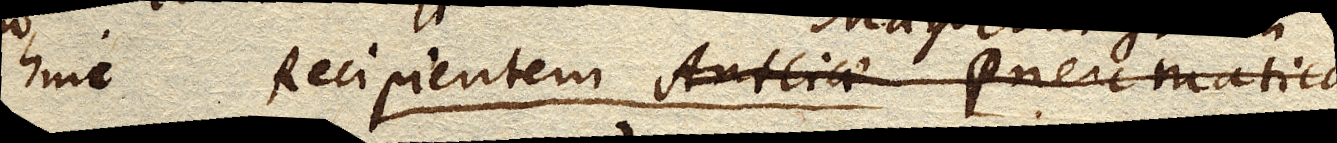
hinc Recipientem Antliae Pneumaticae Magdeburgicum (aut etiam summitatem Tubi Torricelliani)